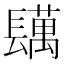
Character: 𨲴